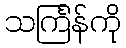
သင်္ကြန်ကို